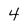
Character: 4